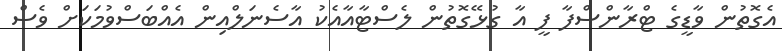
އެގޮތުން ވާޑީގެ ޓްރާންސްފާ ފީ އާ ގުޅޭގޮތުން ލެސްޓާއާއެކު އާސެނަލްއިން އެއްބަސްވުމަކަށް ވެސް